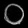
Digit: ၀